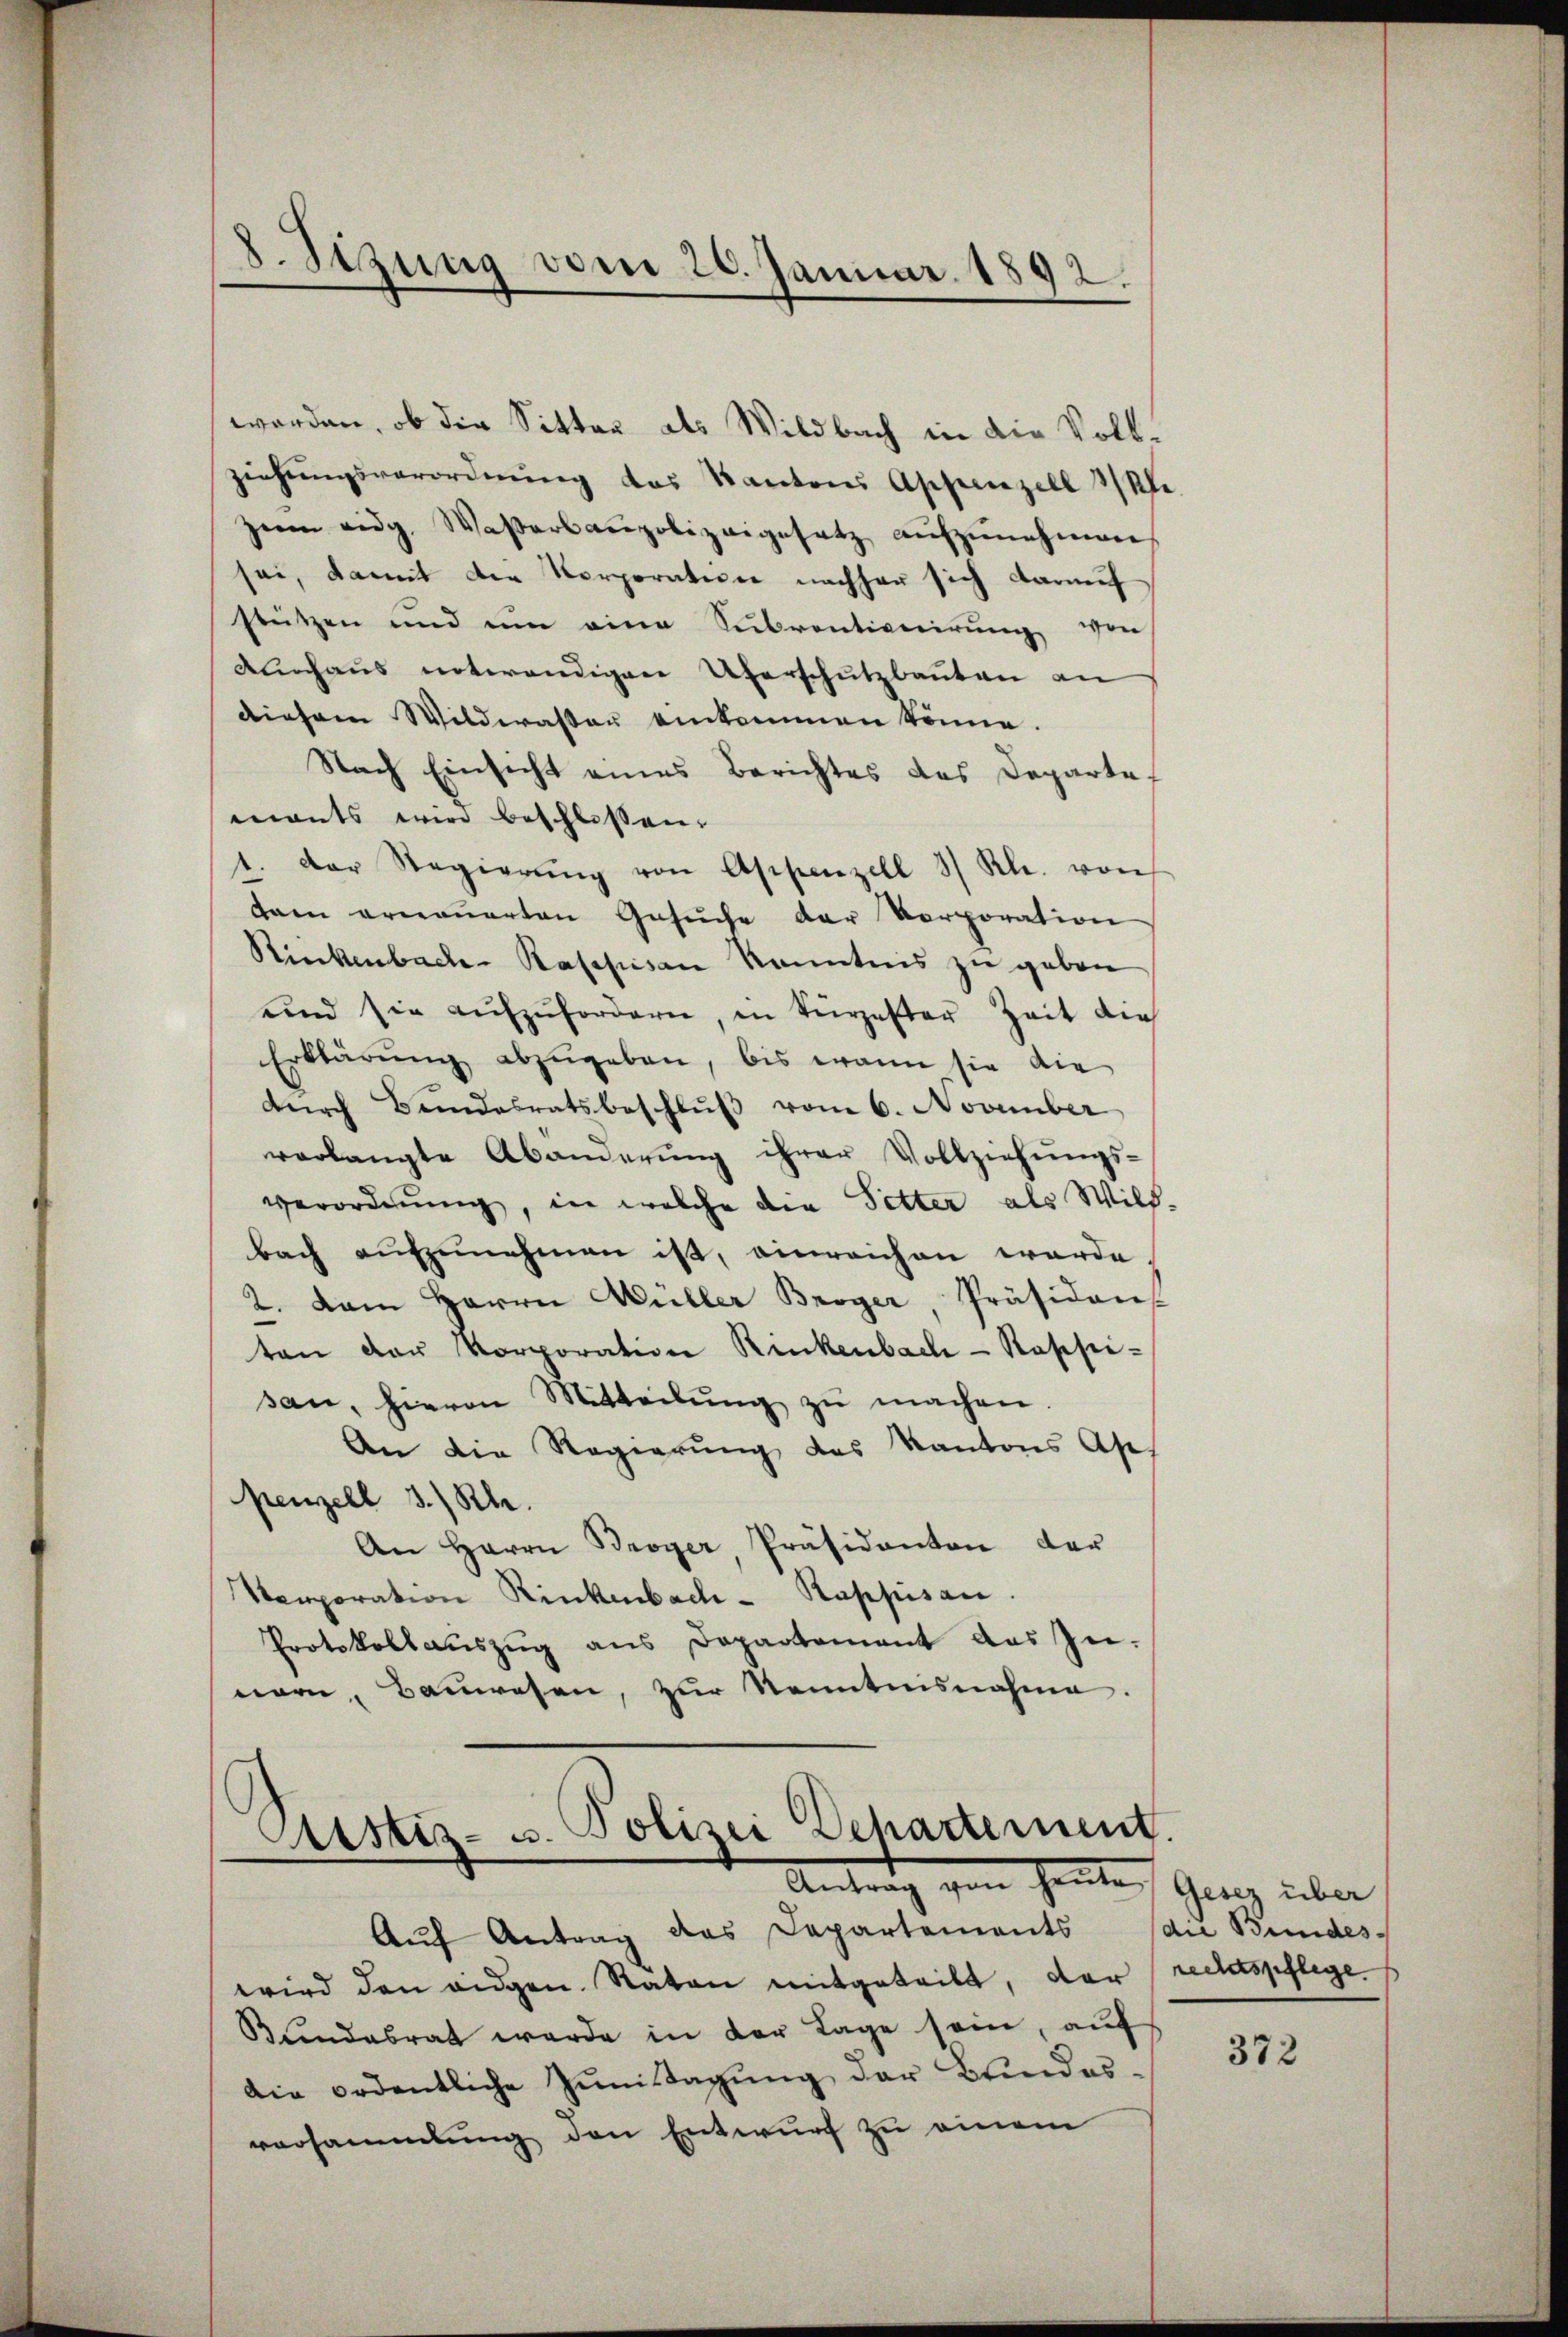
8. Stzung vom 26. Januar 1892.

worden, ob die Sitter als Wildbach in die Vollziehungsverordnŭng des Kantons Appenzell Kle
zum eidg. Wasserbaupolizeigesetz aŭfzŭnehmen
sei, damit die Korporation nachher sich darauf
stützen und um eine Subventiverirung von
Aunhaus notwendigen Überschutzbauten an
diesem Wildwasser einkommen könne.
Nach Einsicht eines Berichtes des Departe.
mants wird beschlossen.
1. Der Regierŭng von Appenzell 3/ Rl. von
dann ernauerten Gesŭche der Vorporation
Riekenbache Raspisan Kenntnis zu geben
und sie aufzufordern, in Türzester Zeit die
Erklärung abzugeben, bis wann sie die
durch Bundesratsbeschluß vom 6. November
verlangte Abänderŭng ihrer Vollziehŭngs-
verordnung, in welche die Setter als Wild-
bach aŭfzŭnehmen ist, einreichen werde.
2. Dem Herrn Müller Broger, Präsidens
ten der Vorporation Rinkenbach-Rappi-
san, hievon Mitteilŭng zŭ machen.
An die Regierung des Kantons Ase,
penzell 3.) Rh.
An Herrn Broyer, Präsidanton der
Stemporation Kinkenbach-Rappisan.
Protokoll aŭszŭg ans Departement das In-
nern, Bauwesen, zur Kenntnisnahme.

Custiz- u. Polizei Dehartement.
Antrag von Heuten Grenz über

Aŭf Antrag das Departements
wird den eidgen. Raten mitgeteilt, der
Bundesrat werde in der Tage sein, auf
die ordentliche Zŭmstagŭng der Bundes-
versammlung den Entwurf zu einem

die Bundes-
rechtspflege

372